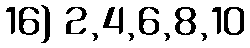
16) 2,4,6,8,10